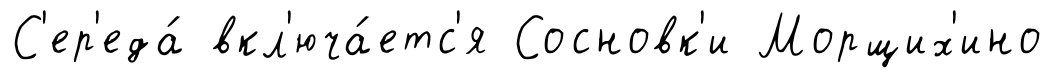
С'ер'еда́ вкл'юча́етс'я Сосновк'и Морщих'ино